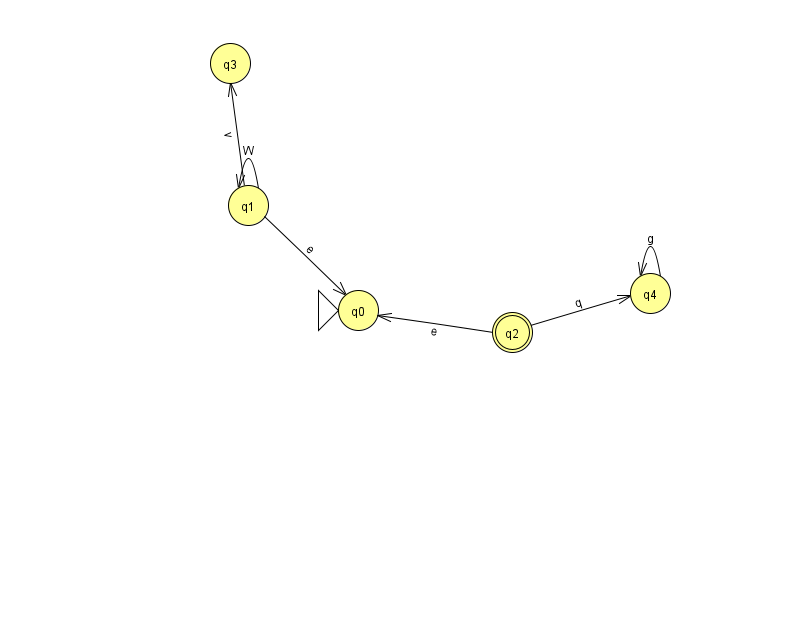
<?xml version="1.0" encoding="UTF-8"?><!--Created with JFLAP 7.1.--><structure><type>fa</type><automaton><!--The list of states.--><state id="0" name="q0"><x>358.0</x><y>297.0</y><initial/></state><state id="1" name="q1"><x>248.0</x><y>192.0</y></state><state id="2" name="q2"><x>512.0</x><y>319.0</y><final/></state><state id="3" name="q3"><x>230.0</x><y>50.0</y></state><state id="4" name="q4"><x>650.0</x><y>280.0</y></state><!--The list of transitions.--><transition><from>1</from><to>3</to><read>v</read></transition><transition><from>1</from><to>1</to><read>W</read></transition><transition><from>4</from><to>4</to><read>g</read></transition><transition><from>1</from><to>0</to><read>e</read></transition><transition><from>2</from><to>4</to><read>q</read></transition><transition><from>2</from><to>0</to><read>e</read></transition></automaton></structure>